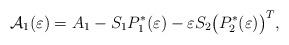
LaTeX: \begin{align*} {\mathcal{A}}_{1}(\varepsilon)=A_{1}- S_{1}P^{*}_{1}(\varepsilon)-\varepsilon S_{2}\big(P^{*}_{2}(\varepsilon)\big)^{T},\end{align*}